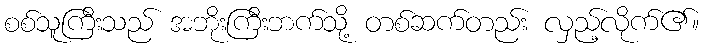
စစ်သူကြီးသည် အဘိုးကြီးဘက်သို့ တစ်ဆက်တည်း လှည့်လိုက်၏။